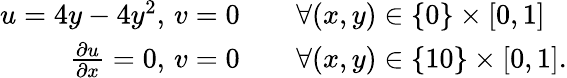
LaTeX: \begin{array}{rl}{u=4y-4y^{2},\, v=0\quad}&{{}\forall(x,y)\in\{ 0\} \times[0,1]}\\ {\frac{\partial u}{\partial x}=0,\, v=0\quad}&{{}\forall(x,y)\in\{ 10\} \times[0,1].}\end{array}